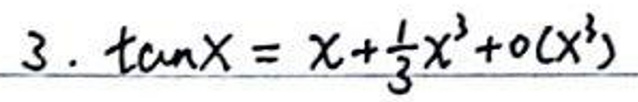
$3. \tan x = x + \frac{1}{3}x^3 + o(x^3)$